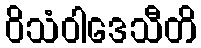
ဝိသံဝါဒေသီတိ